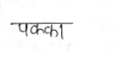
मजकूर: पक्का